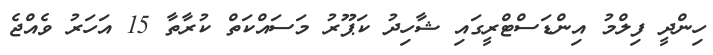
ހިންދީ ފިލްމު އިންޑަސްޓްރީގައި ޝާހިދު ކަޕޫރު މަސައްކަތް ކުރާތާ 15 އަހަރު ވެއްޖެ